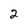
Character: 2